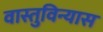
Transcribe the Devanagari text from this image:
वास्तुविन्यास